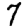
Digit: 7